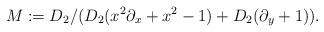
LaTeX: \begin{align*}M := D_2/(D_2(x^2\partial_x + x^2-1) + D_2(\partial_y+1)). \end{align*}